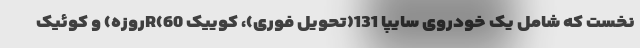
نخست که شامل یک خودروی سایپا 131(تحویل فوری)، کوییک R(60روزه) و کوئیک